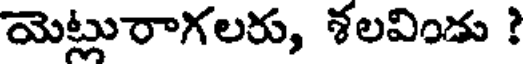
యెట్లురాగలరు, శలవిండు ?